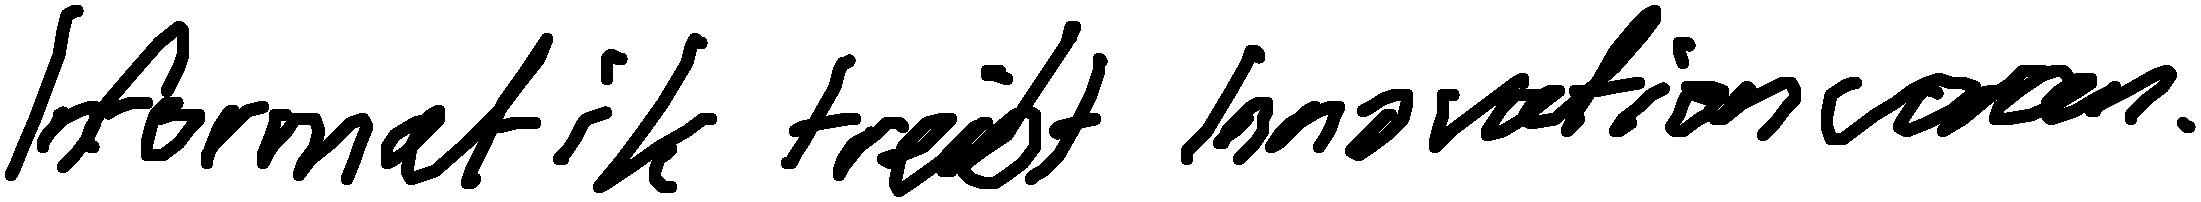
Informatik treibt Innovation voran.